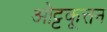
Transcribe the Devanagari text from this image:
ओट्टकूत्तन